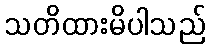
သတိထားမိပါသည်